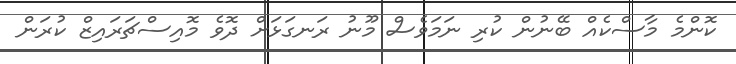
ކޮންމެ މާސްކެއް ބޭނުން ކުރި ނަމަވެސް މޫނު ރަނގަޅަށް ދޮވެ މޮއިސްޗަރައިޒް ކުރަން